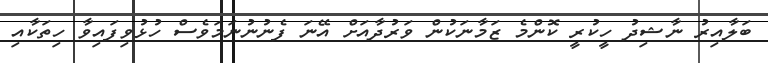
ބަލާއިރު ނާޝިދު ހީކުރީ ކޮންމެ ޒަމާނަކުން ވަރުދާއަށް އޭނަ ފެނުނުނަމަވެސް ހުޅުވިފައިވާ ހިތަކާއި